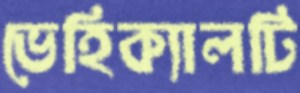
ভেহিক্যালটি